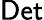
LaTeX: {\sf Det}